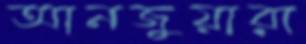
আনজুয়ারা